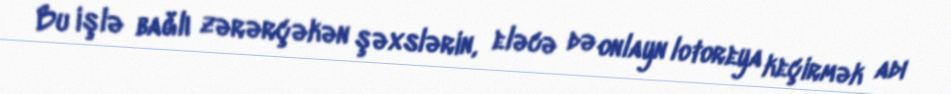
Bu işlə bağlı zərərçəkən şəxslərin, eləcə də onlayn lotoreya keçirmək adı